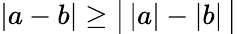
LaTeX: |a-b|\geq{\big|}\, |a|-|b|\, {\big|}